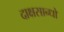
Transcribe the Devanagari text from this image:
दाक्षसान्धो